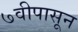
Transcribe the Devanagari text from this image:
७वीपासून